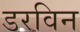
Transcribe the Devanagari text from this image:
डरविन